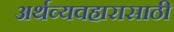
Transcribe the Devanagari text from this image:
अर्थव्यवहारासाठी